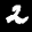
Label: 2